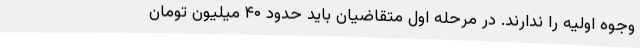
وجوه اولیه را ندارند. در مرحله اول متقاضیان باید حدود ۴۰ میلیون تومان